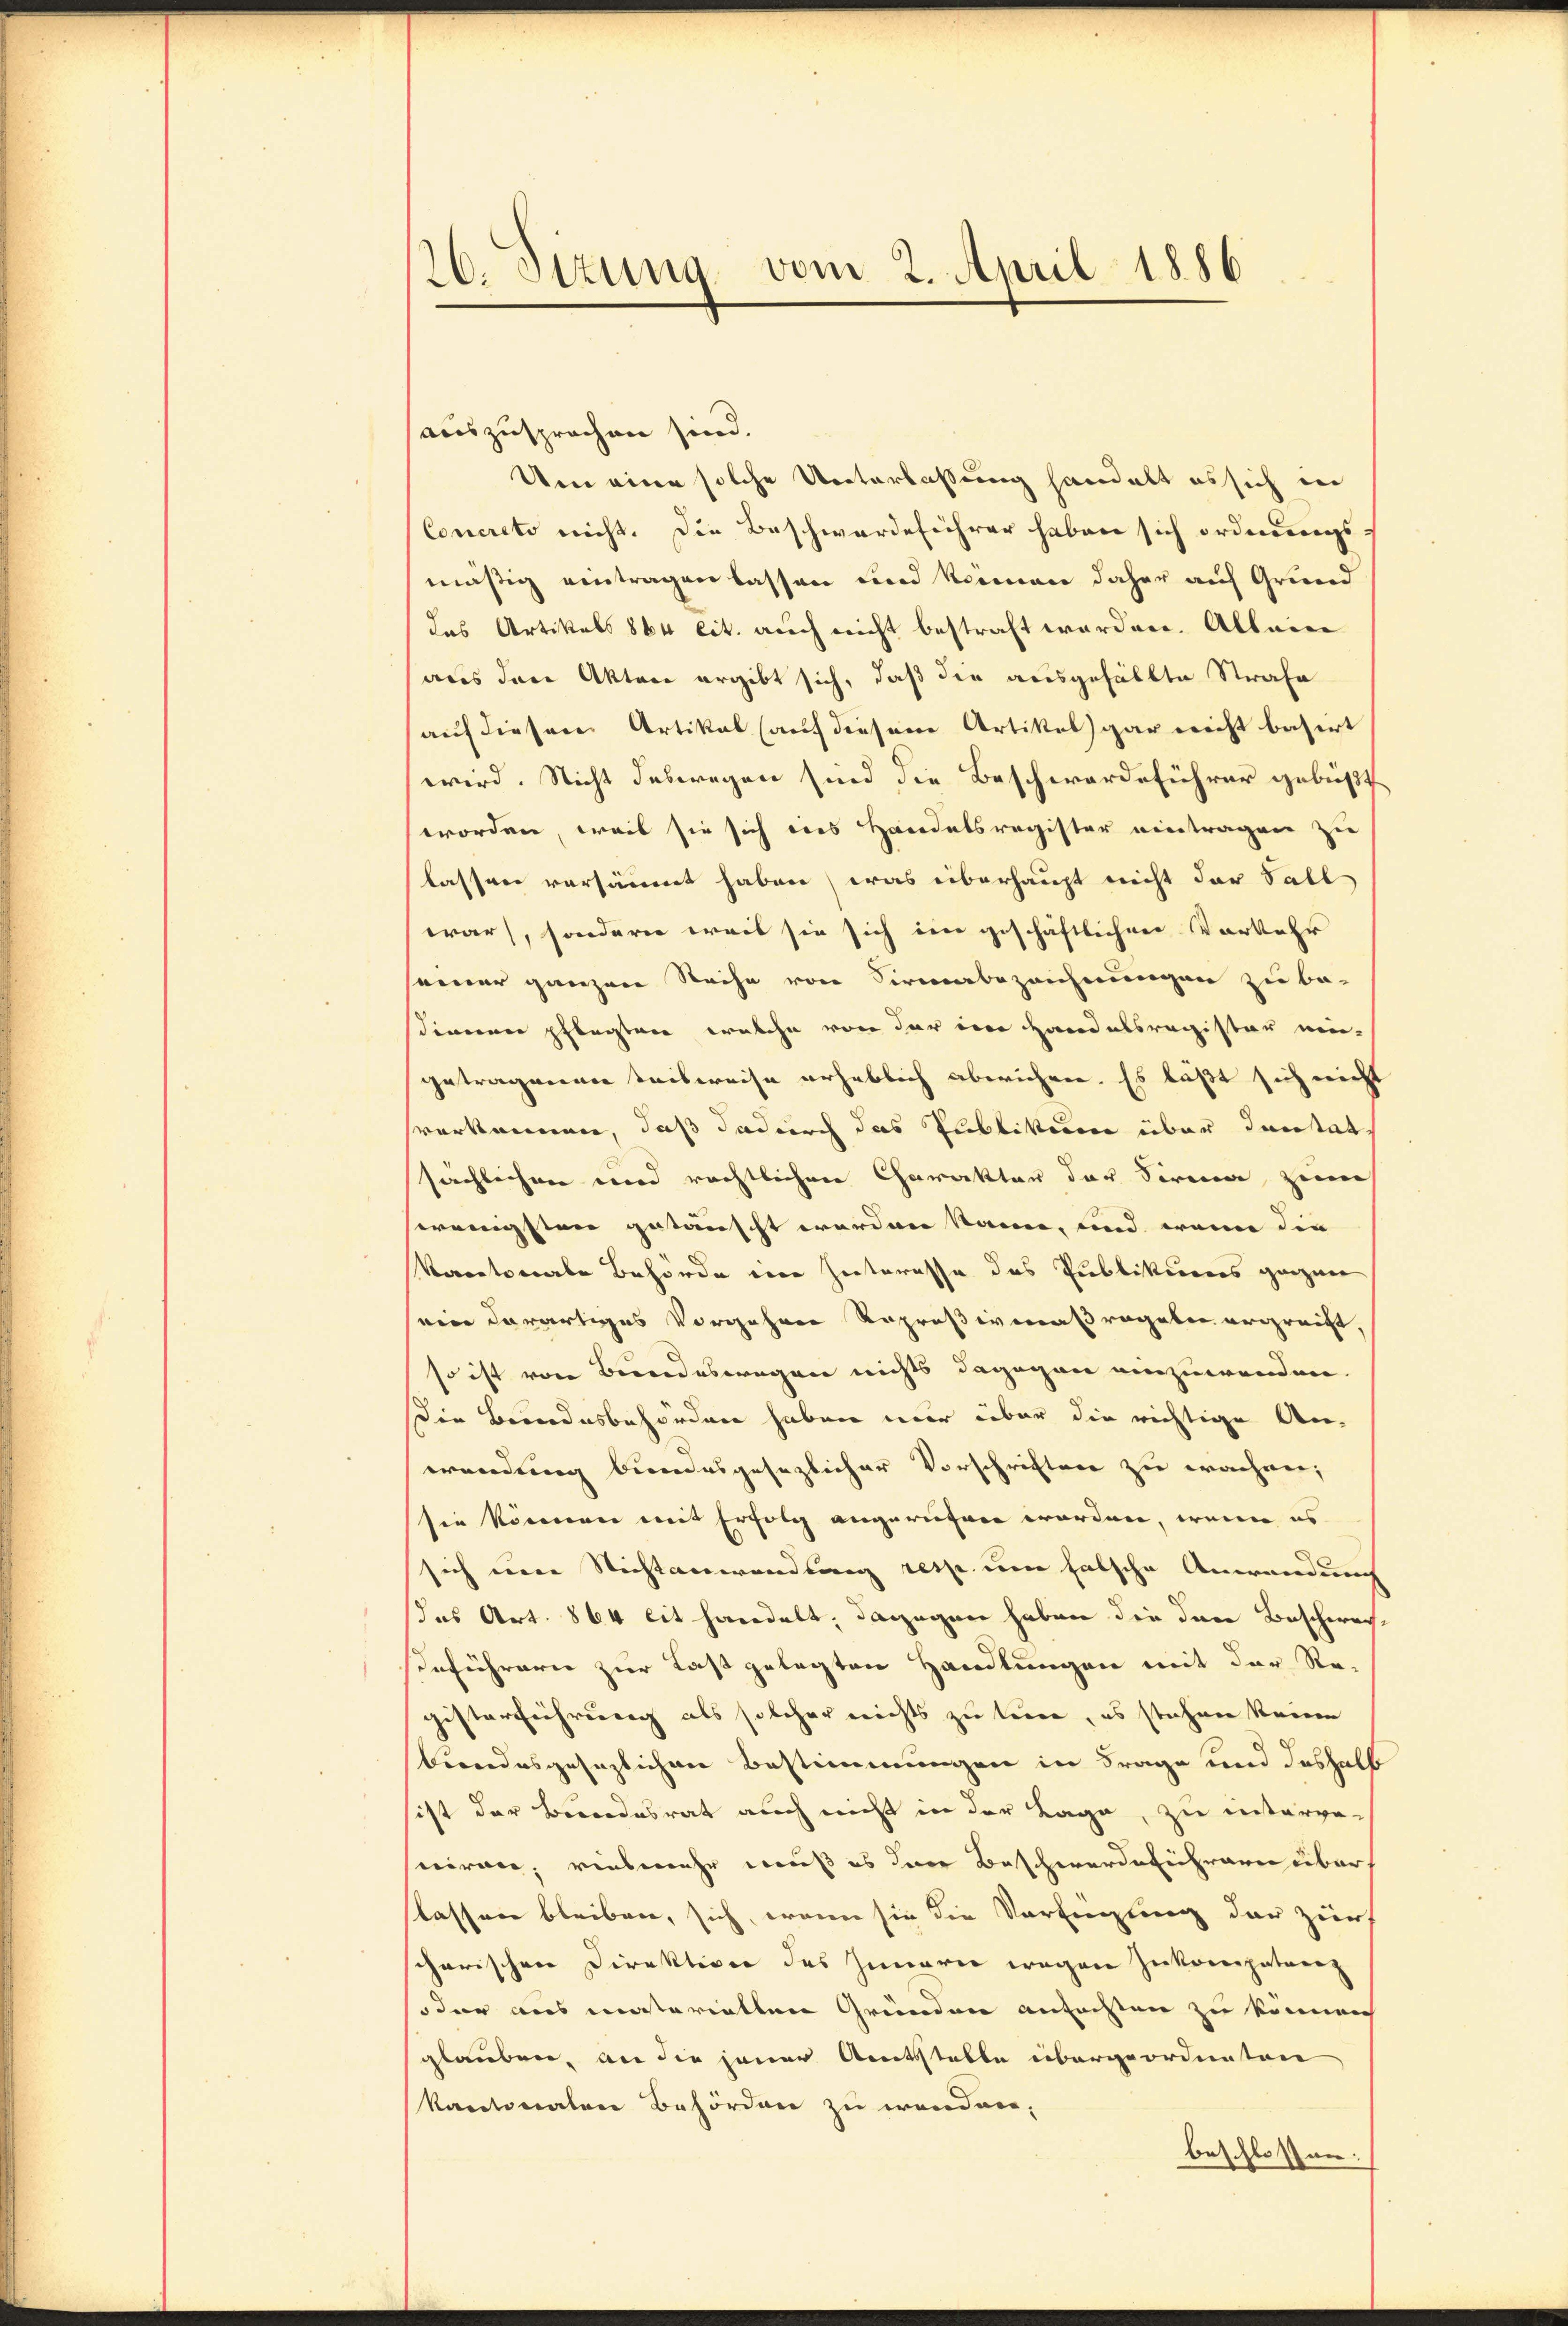
auszusprochen sind.
Um eine solche Unterlassung handelt es sich in
Concreto nicht. Die Beschwerdeführer haben sich ordnungs-
mäßig eintragen lassen und keinen daher auf Grund
das Artikels 864 lit. auch nicht bestraft worden. Allein
aus den Akten ergibt sich, daß die ausgefällte Strafe
auf dieser Artikal (auf diesem Artikel gar nicht basirt
wird. Nicht deswegen sind die Beschwerdeführer gebüßt
worden, weis sie sich des Handelsregister eintragen zu
lassen versäumt haben, was überhaupt nicht der Fall
war, sonderer weit sie sich im geschäftlichen Vorkehr
einer ganzen Reihe von Sirmabezeichnungen zu be-
stinnen pflegten welche von der in Handelsregister eingetragenen Trisweise erheblich aberichen. Es läßt sich nicht
verkennen, daß dadurch das Publikum über Santat
sächlechnen wird rechtlichen Charakter der Firma zum
wenigsten getanscht worden kann, und wenn die
kantonale Behörde eine Hinteresse das Publikerers ganzen
eine derartiges Vorgehren Raprosivmaßregeben ergreicht,
so ist von Bundeswegen nichts dagegen einzuwenden.
Die Bundesbehörden haben mir über die richtige An-
wendung bindesgesezlicher Vorschriften zu erachnen,
sie können mit Erfolg angerühren worden, wenn es
sich ener Nichtanwendung resp. um falsche Anwandung
das Art. 864 lit handelt; dagegen haben die den Beschwach-
Geführern zur Last gelegten Handlungen mit der Registerführung als solcher nichts zu teure, es stehen keine
biondesgesezlichen Bestimmungen in Frage und deshalb
ist der Bundesrat auch nicht in der Lage, zu interge-
ciren; vielmehr muß es der Beschwerde ihrern über
Klassen bleiben, sich, wenn sie die Vorsieglung der zuer
scherischen Direktion des Innerei wegen Zukompetenz
oder aus materietten Gründen anfachten zu können
glauben, an die jener Amtsstelle übergeordneten
kantonalen Behörden zu wenden,
beschlossen:

26. Sizung, vom 2. April 1886